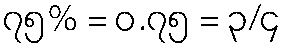
၇၅% = ၀.၇၅ = ၃/၄